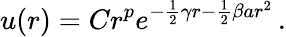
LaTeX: u(r)=Cr^{p}e^{-{\frac{1}{2}}\gamma r-{\frac{1}{2}}\beta ar^{2}}\, .